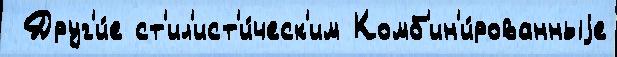
 Друг'и́е ст'ил'ист'и́ческ'им Комб'ин'и́рованныjе